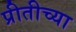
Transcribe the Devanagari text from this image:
प्रीतीच्या